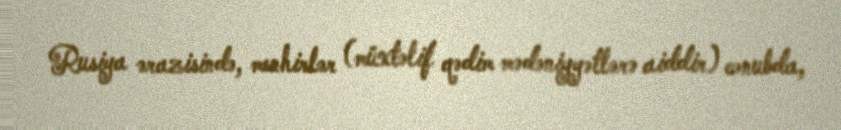
Rusiya ərazisində, menhirlər (müxtəlif qədim mədəniyyətlərə aiddir) cənubda,